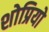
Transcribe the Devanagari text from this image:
शोप्रियो